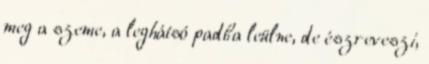
meg a szeme, a leghátsó padba leülne, de észreveszi,